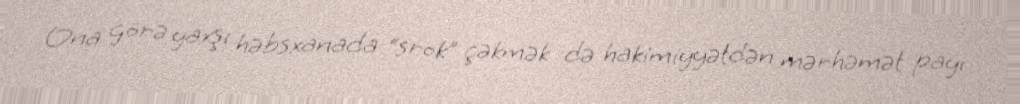
Ona görə yaxşı həbsxanada “srok” çəkmək də hakimiyyətdən mərhəmət payı